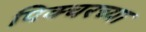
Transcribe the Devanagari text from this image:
पिक्चरच्या